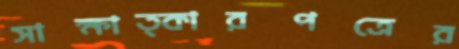
সাক্ষাত্কারপত্রের